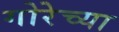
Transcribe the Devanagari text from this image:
गोरेच्या